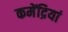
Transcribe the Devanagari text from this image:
कमेंद्रियां